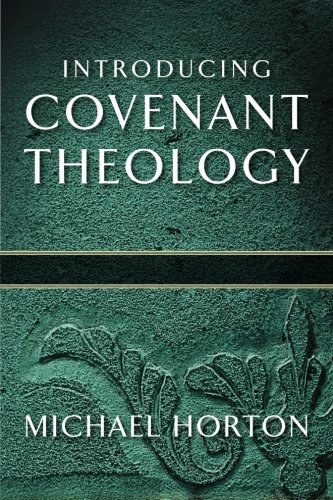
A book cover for Introducing Covenant Theology; Michael Horton; Christian Books & Bibles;